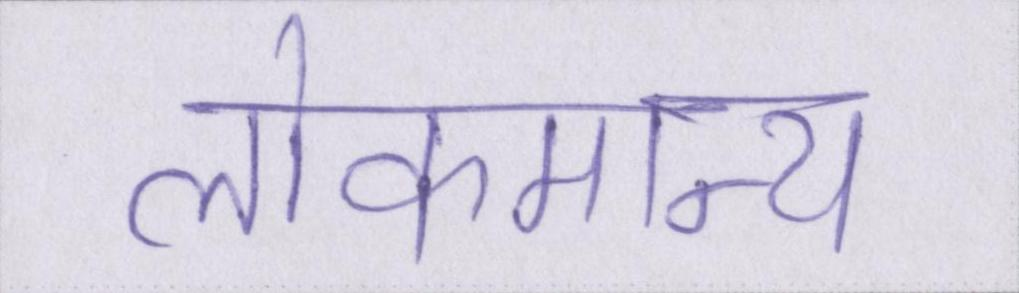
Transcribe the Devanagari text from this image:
लोकमान्य